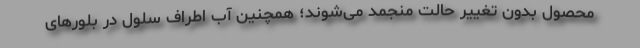
محصول بدون تغییر حالت منجمد می‌‌شوند؛ همچنین آبِ اطراف سلول در بلورهای